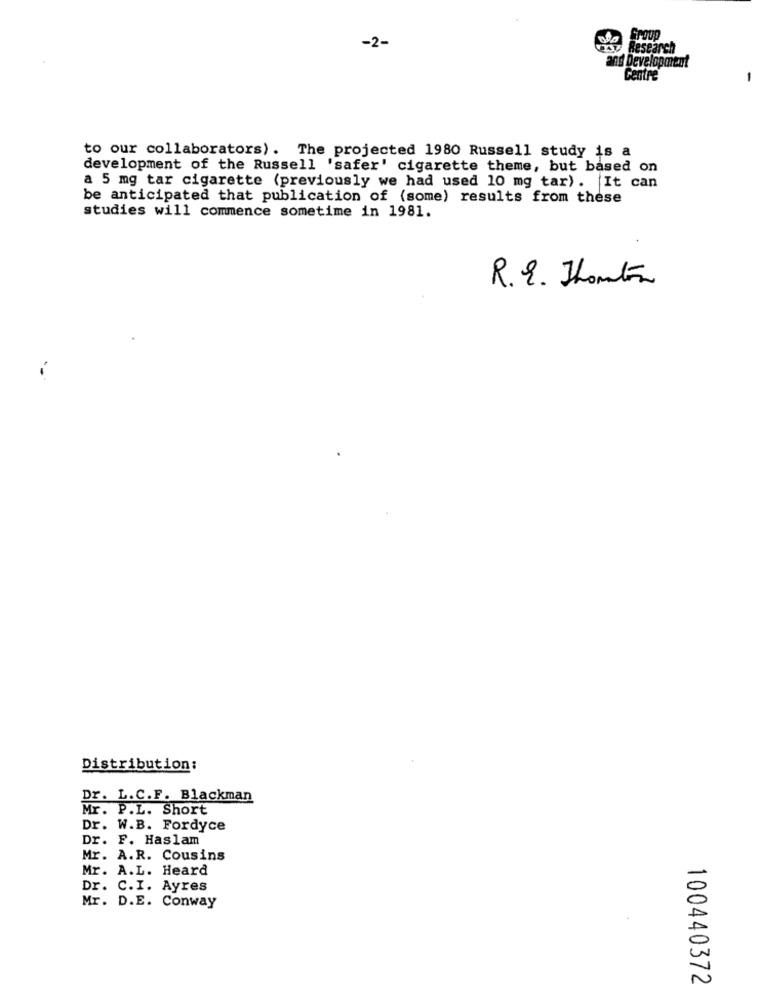
-2-
Research
and Development
Centre
to our collaborators). The projected 1980 Russell study is a
development of the Russell 'safer' cigarette theme, but based on
a 5 mg tar cigarette (previously we had used 10 mg tar). It can
be anticipated that publication of (some) results from these
studies will commence sometime in 1981.
R.E. Thomtin
Distribution:
Dr. L. C.F. Blackman
Mr. P.L. Short
Dr. W.B. Fordyce
Dr. F. Haslam
Mr. A.R. Cousins
Mr. A.L. Heard
Dr. C.I. Ayres
Mr. D.E. Conway
100440372